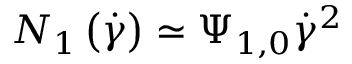
N _ { 1 } \left( \dot { \gamma } \right) \simeq \Psi _ { 1 , 0 } \dot { \gamma } ^ { 2 }